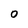
Character: 0